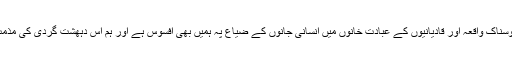
لاہور کے افسوسناک واقعہ اور قادیانیوں کے عبادت خانوں میں انسانی جانوں کے ضیاع پہ ہمیں بھی افسوس ہے اور ہم اس دہھشت گردی کی مذمت کرتے ہیں ۔